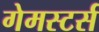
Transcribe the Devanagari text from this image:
गेमस्टर्स